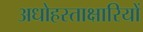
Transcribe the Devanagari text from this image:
अधोहस्ताक्षारियों